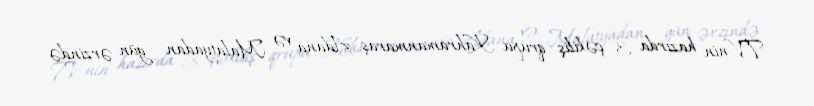
TV-nin hazırda 3 çəkiliş qrupu Kahramanmaraş, Adana və Malatyadan gün ərzində